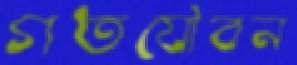
গতযৌবন